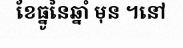
ខែធ្នូនៃឆ្នាំ មុន ។នៅ